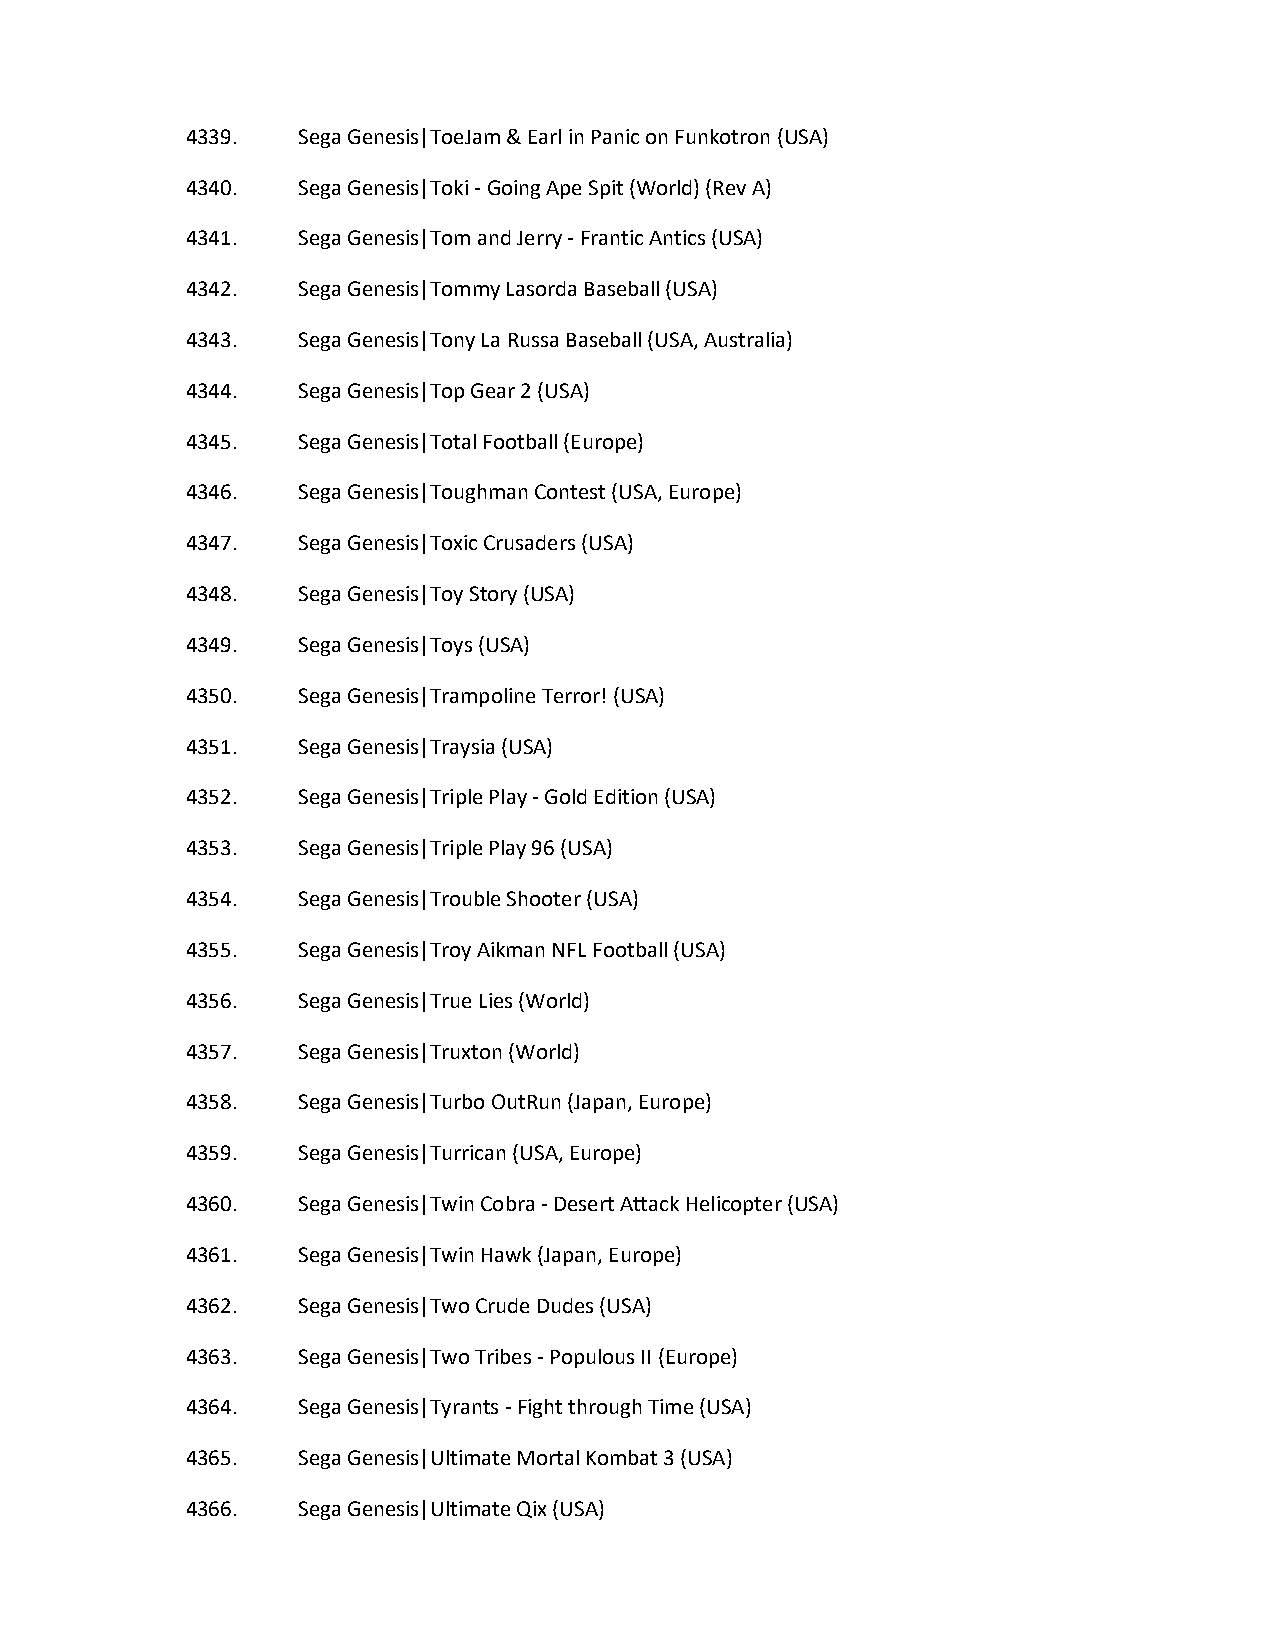
4339.   Sega Genesis|ToeJam & Earl in Panic on Funkotron (USA)
 4340.   Sega Genesis|Toki - Going Ape Spit (World) (Rev A)
 4341.   Sega Genesis|Tom and Jerry - Frantic Antics (USA)
 4342.   Sega Genesis|Tommy Lasorda Baseball (USA)
 4343.   Sega Genesis|Tony La Russa Baseball (USA, Australia)
 4344.   Sega Genesis|Top Gear 2 (USA)
 4345.   Sega Genesis|Total Football (Europe)
 4346.   Sega Genesis|Toughman Contest (USA, Europe)
 4347.   Sega Genesis|Toxic Crusaders (USA)
 4348.   Sega Genesis|Toy Story (USA)
 4349.   Sega Genesis|Toys (USA)
 4350.   Sega Genesis|Trampoline Terror! (USA)
 4351.   Sega Genesis|Traysia (USA)
 4352.   Sega Genesis|Triple Play - Gold Edition (USA)
 4353.   Sega Genesis|Triple Play 96 (USA)
 4354.   Sega Genesis|Trouble Shooter (USA)
 4355.   Sega Genesis|Troy Aikman NFL Football (USA)
 4356.   Sega Genesis|True Lies (World)
 4357.   Sega Genesis|Truxton (World)
 4358.   Sega Genesis|Turbo OutRun (Japan, Europe)
 4359.   Sega Genesis|Turrican (USA, Europe)
 4360.   Sega Genesis|Twin Cobra - Desert Attack Helicopter (USA)
 4361.   Sega Genesis|Twin Hawk (Japan, Europe)
 4362.   Sega Genesis|Two Crude Dudes (USA)
 4363.   Sega Genesis|Two Tribes - Populous II (Europe)
 4364.   Sega Genesis|Tyrants - Fight through Time (USA)
 4365.   Sega Genesis|Ultimate Mortal Kombat 3 (USA)
 4366.   Sega Genesis|Ultimate Qix (USA)